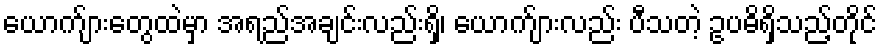
ယောက်ျားတွေထဲမှာ အရည်အချင်းလည်းရှိ၊ ယောက်ျားလည်း ပီသတဲ့ ဥပဓိရှိသည့်တိုင်